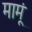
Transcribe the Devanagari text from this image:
मामूं